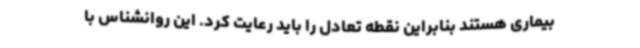
بیماری هستند بنابراین نقطه تعادل را باید رعایت کرد. این روانشناس با